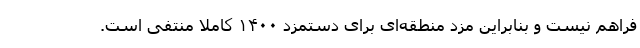
فراهم نیست و بنابراین مزد منطقه‌ای برای دستمزد ۱۴۰۰ کاملاً منتفی است.